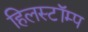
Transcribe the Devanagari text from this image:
हिलस्टॉम्प